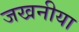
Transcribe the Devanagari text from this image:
जखनीया